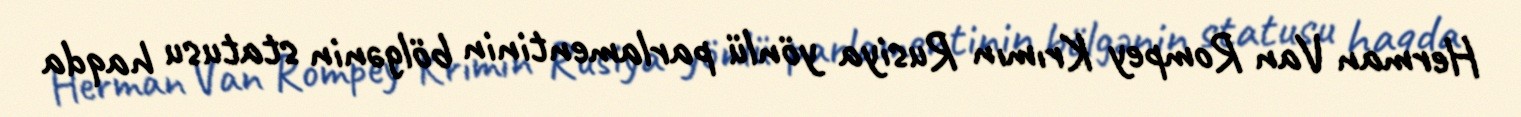
Herman Van Rompey Krımın Rusiya yönlü parlamentinin bölgənin statusu haqda